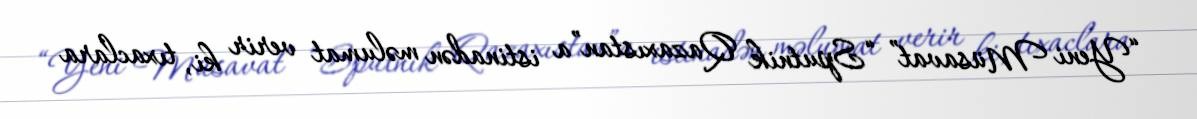
“Yeni Müsavat” “Sputnik Qazaxıstan”a istinadən məlumat verir ki, tıxaclara